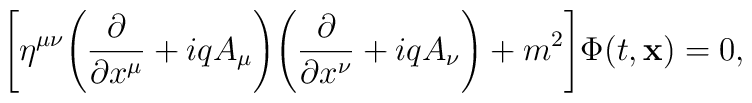
\Biggl[\eta^{\mu \nu} \Biggl(\frac{\partial}{\partial x^{\mu}} + iq A_{\mu} \Biggr) \Biggl(\frac{\partial}{\partial x^{\nu}} + i qA_{\nu} \Biggr)  + m^2 \Biggr] \Phi (t, {\bf x}) = 0,